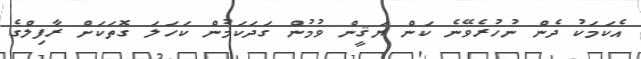
އެކަމަކު ދެން ނުހުރެވޭނެ ކަން ޔަޤީން ވުމުން ގަދަކަމުން ކަހަލަ ގޮތަކަށް ރާފިލްގެ